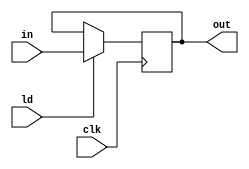
`timescale 1ns/1ns;

module REG1(input in, input ld, clk, output reg out);
	always@(posedge  clk)
		if (ld)
			out <= in;
endmodule